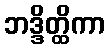
ဘဒ္ဒိတ္ထိကာ